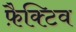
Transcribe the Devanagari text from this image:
फ़ैक्टिव